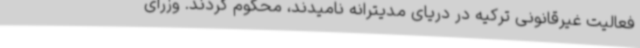
فعالیت غیرقانونی ترکیه در دریای مدیترانه نامیدند، محکوم کردند. وزرای